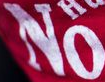
No